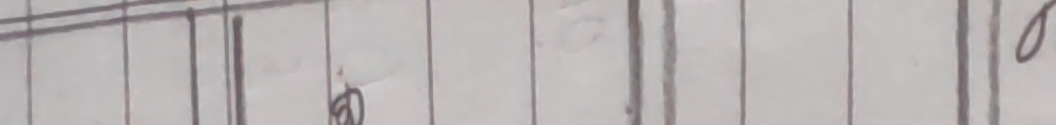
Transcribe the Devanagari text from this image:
ख